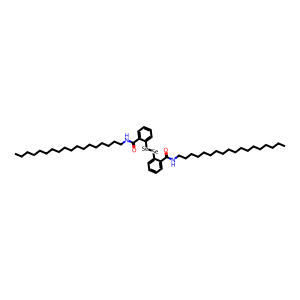
SMILES: CCCCCCCCCCCCCCCCCCNC(=O)c1ccccc1[Se][Se]c1ccccc1C(=O)NCCCCCCCCCCCCCCCCCC
Inhibits HIV replication: No